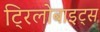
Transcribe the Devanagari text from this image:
ट्रिलोबाइट्स